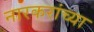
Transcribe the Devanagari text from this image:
नारकरांच्या